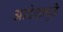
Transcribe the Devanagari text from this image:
आदेशापुढे